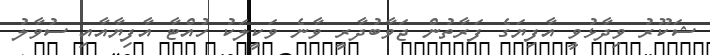
ޝަކޫރު ވިދާޅުވީ އާފިޔަގެ ފަރާތުން ޖަވާބުދާރީ ވާނެ ވަކީލަކު ހުއްޓާ އާފިޔާއާއި ސުވާލު